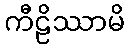
ကီဠိဿာမိ